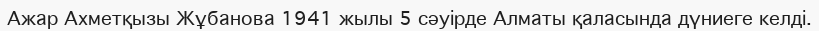
Ажар Ахметқызы Жұбанова 1941 жылы 5 сәуірде Алматы қаласында дүниеге келді.